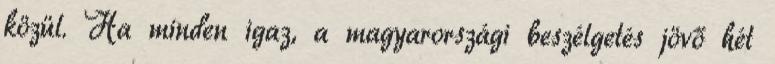
közül. Ha minden igaz, a magyarországi beszélgetés jövő hét